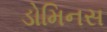
ડોમિનસ